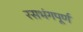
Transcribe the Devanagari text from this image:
रसभंगपूर्ण